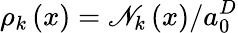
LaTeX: \rho_{k}\left(x\right)=\mathscr{N}_{k}\left(x\right)/a_{0}^{D}